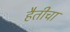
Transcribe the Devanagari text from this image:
हैतीचा